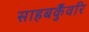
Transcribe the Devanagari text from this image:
साहबकुँवरि